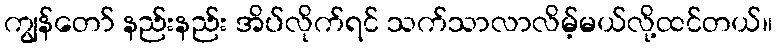
ကျွန်တော် နည်းနည်း အိပ်လိုက်ရင် သက်သာလာလိမ့်မယ်လို့ထင်တယ်။